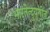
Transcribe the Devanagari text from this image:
भारतेन्दुयुगीन